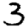
Digit: 3